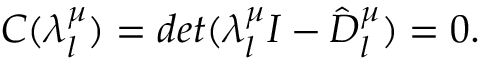
C ( \lambda _ { l } ^ { \mu } ) = d e t ( \lambda _ { l } ^ { \mu } I - \hat { D } _ { l } ^ { \mu } ) = 0 .